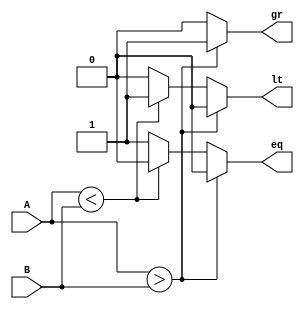
module Comp4bits(
    input [3:0] A,B,
    output reg lt,gr,eq
);
 always@(A,B) begin
    if (A>B) begin //greater than case
        gr = 1;
        lt = 0;
        eq = 0;
    end
    else if (A<B) begin //less than case
        gr = 0;
        lt = 1;
        eq = 0;
    end
    else begin //equal to case
        gr = 0;
        lt = 0;
        eq = 1;
    end
end
endmodule